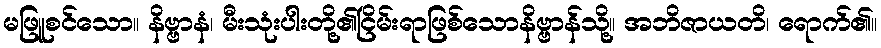
မဖြူစင်သော။ နိဗ္ဗာနံ၊ မီးသုံးပါးတို့၏ငြိမ်းရာဖြစ်သောနိဗ္ဗာန်သို့။ အဘိဇာယတိ၊ ရောက်၏။